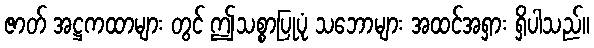
ဇာတ် အဋ္ဌကထာများ တွင် ဤသစ္စာပြုပုံ သဘောများ အထင်အရှား ရှိပါသည်။